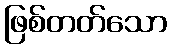
ဖြစ်တတ်သော